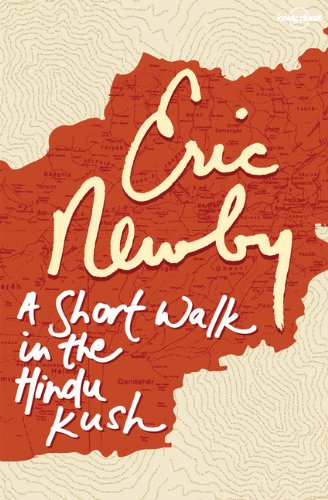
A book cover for A Short Walk in the Hindu Kush; Eric Newby; Travel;